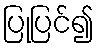
ပြုပြင်၍